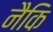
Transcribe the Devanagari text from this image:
नैकि